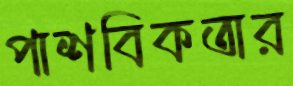
পাশবিকতার